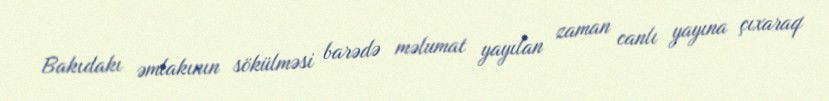
Bakıdakı əmlakının sökülməsi barədə məlumat yayılan zaman canlı yayına çıxaraq